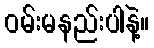
ဝမ်းမနည်းပါနဲ့။